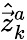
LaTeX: \hat{\vec{z}}_{k}^{a}